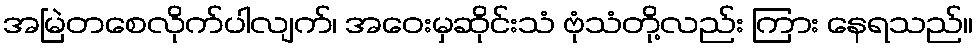
အမြဲတစေလိုက်ပါလျက်၊ အဝေးမှဆိုင်းသံ ဗုံသံတို့လည်း ကြား နေရသည်။